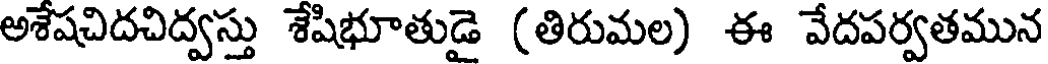
అశేషచిదచిద్వస్తు శేషిభూతుడై (తిరుమల) ఈ వేదపర్వతమున